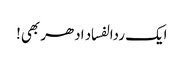
ایک ردالفساد ادھر بھی!